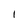
Character: l